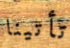
تأتينا